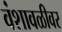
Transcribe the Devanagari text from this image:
वंशावळीवर